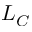
L _ { C }